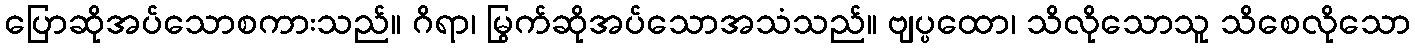
ပြောဆိုအပ်သောစကားသည်။ ဂိရာ၊ မြွက်ဆိုအပ်သောအသံသည်။ ဗျပ္ပထော၊ သိလိုသောသူ သိစေလိုသော